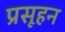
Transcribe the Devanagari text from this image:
प्रसूहन